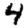
Digit: 4